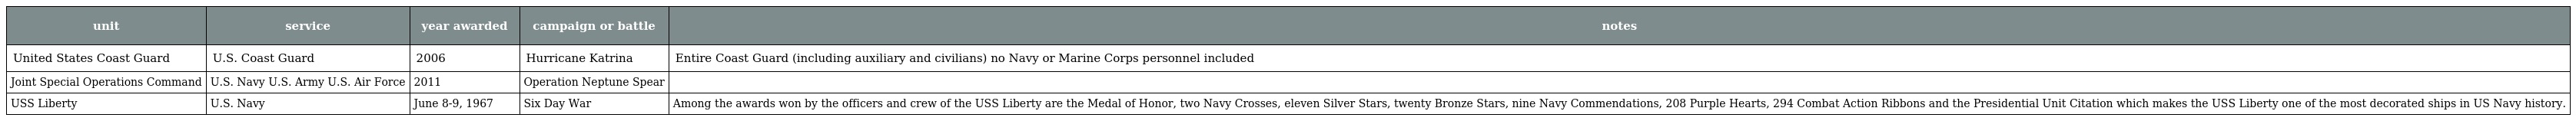
| unit | service | year awarded | campaign or battle | notes |
 | --- | --- | --- | --- | --- |
 | United States Coast Guard | U.S. Coast Guard | 2006 | Hurricane Katrina | Entire Coast Guard (including auxiliary and civilians) no Navy or Marine Corps personnel included |
 | Joint Special Operations Command | U.S. Navy U.S. Army U.S. Air Force | 2011 | Operation Neptune Spear |  |
 | USS Liberty | U.S. Navy | June 8-9, 1967 | Six Day War | Among the awards won by the officers and crew of the USS Liberty are the Medal of Honor, two Navy Crosses, eleven Silver Stars, twenty Bronze Stars, nine Navy Commendations, 208 Purple Hearts, 294 Combat Action Ribbons and the Presidential Unit Citation which makes the USS Liberty one of the most decorated ships in US Navy history. |